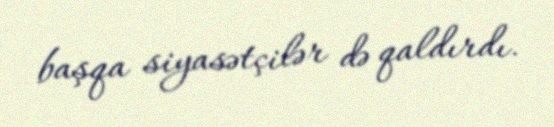
başqa siyasətçilər də qaldırdı.